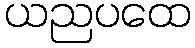
ယညပထေ